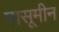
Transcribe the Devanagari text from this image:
मासूमीन